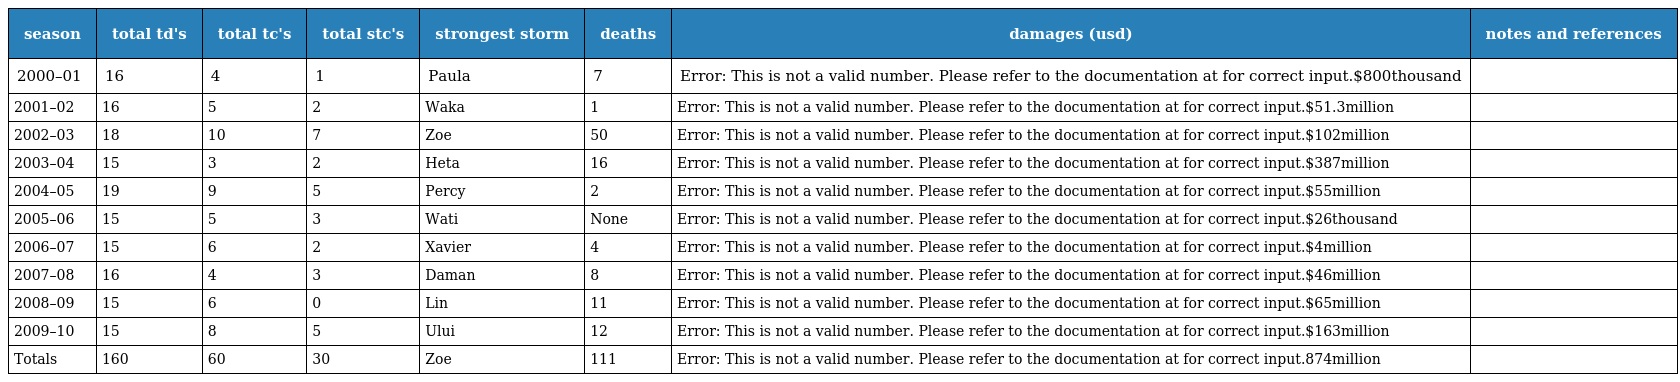
| season | total td's | total tc's | total stc's | strongest storm | deaths | damages (usd) | notes and references |
 | --- | --- | --- | --- | --- | --- | --- | --- |
 | 2000–01 | 16 | 4 | 1 | Paula | 7 | Error: This is not a valid number. Please refer to the documentation at for correct input.$800thousand |  |
 | 2001–02 | 16 | 5 | 2 | Waka | 1 | Error: This is not a valid number. Please refer to the documentation at for correct input.$51.3million |  |
 | 2002–03 | 18 | 10 | 7 | Zoe | 50 | Error: This is not a valid number. Please refer to the documentation at for correct input.$102million |  |
 | 2003–04 | 15 | 3 | 2 | Heta | 16 | Error: This is not a valid number. Please refer to the documentation at for correct input.$387million |  |
 | 2004–05 | 19 | 9 | 5 | Percy | 2 | Error: This is not a valid number. Please refer to the documentation at for correct input.$55million |  |
 | 2005–06 | 15 | 5 | 3 | Wati | None | Error: This is not a valid number. Please refer to the documentation at for correct input.$26thousand |  |
 | 2006–07 | 15 | 6 | 2 | Xavier | 4 | Error: This is not a valid number. Please refer to the documentation at for correct input.$4million |  |
 | 2007–08 | 16 | 4 | 3 | Daman | 8 | Error: This is not a valid number. Please refer to the documentation at for correct input.$46million |  |
 | 2008–09 | 15 | 6 | 0 | Lin | 11 | Error: This is not a valid number. Please refer to the documentation at for correct input.$65million |  |
 | 2009–10 | 15 | 8 | 5 | Ului | 12 | Error: This is not a valid number. Please refer to the documentation at for correct input.$163million |  |
 | Totals | 160 | 60 | 30 | Zoe | 111 | Error: This is not a valid number. Please refer to the documentation at for correct input.874million |  |